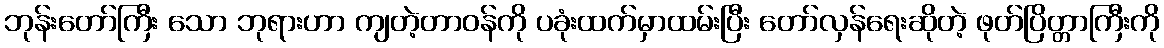
ဘုန်းတော်ကြီး သော ဘုရားဟာ ကျတဲ့တာဝန်ကို ပခုံးထက်မှာထမ်းပြီး တော်လှန်ရေးဆိုတဲ့ ဖုတ်ပြိတ္တာကြီးကို